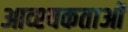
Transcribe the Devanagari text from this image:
आव्श्यकताओं